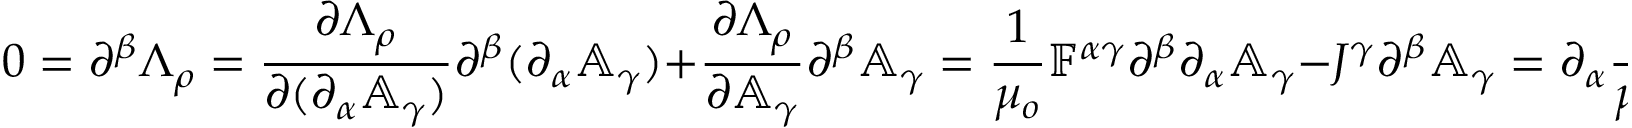
0 = \partial ^ { \beta } \Lambda _ { \rho } = \frac { \partial \Lambda _ { \rho } } { \partial ( \partial _ { \alpha } \mathbb { A } _ { \gamma } ) } \partial ^ { \beta } ( \partial _ { \alpha } \mathbb { A } _ { \gamma } ) + \frac { \partial \Lambda _ { \rho } } { \partial \mathbb { A } _ { \gamma } } \partial ^ { \beta } \mathbb { A } _ { \gamma } = \frac { 1 } { \mu _ { o } } \mathbb { F } ^ { \alpha \gamma } \partial ^ { \beta } \partial _ { \alpha } \mathbb { A } _ { \gamma } - J ^ { \gamma } \partial ^ { \beta } \mathbb { A } _ { \gamma } = \partial _ { \alpha } \frac { 1 } { \mu _ { o } } \mathbb { F } ^ { \alpha \gamma } \partial ^ { \beta } \mathbb { A } _ { \gamma }